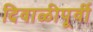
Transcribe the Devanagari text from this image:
दिवाळीपूर्वी